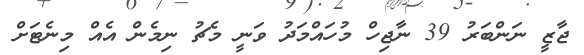
ޖާޒީ ނަންބަރު 39 ނާޖިހް މުހައްމަދު ވަނީ މެޗު ނިމެން އެއް މިނެޓަށް